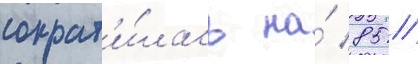
сократ'и́лась на́ 85 /